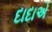
દાદાએ